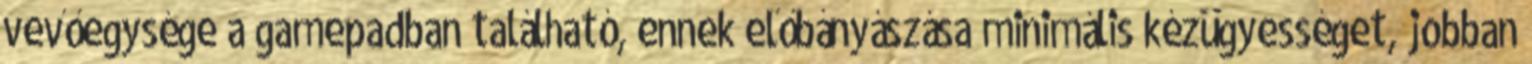
vevőegysége a gamepadban található, ennek előbányászása minimális kézügyességet, jobban